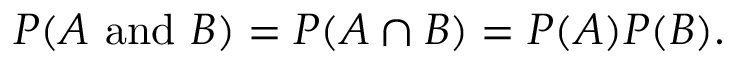
P ( A { \mathrm { ~ a n d ~ } } B ) = P ( A \cap B ) = P ( A ) P ( B ) .